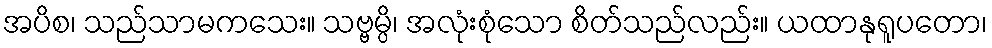
အပိစ၊ သည်သာမကသေး။ သဗ္ဗမ္ပိ၊ အလုံးစုံသော စိတ်သည်လည်း။ ယထာနုရူပတော၊